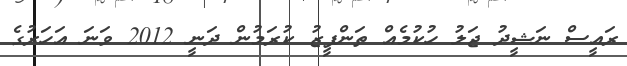
ރައީސް ނަޝީދު ޖަލު ހުކުމެއް ތަންފީޒު ކުރަމުން ދަނީ 2012 ވަނަ އަހަރުގެ